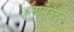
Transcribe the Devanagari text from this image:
अल्पसंवेदन